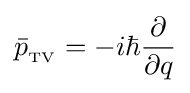
{\bar {p}}_{{}_{\text{TV}}}=-i\hbar {\frac {\partial }{\partial q}}